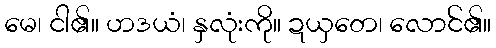
မေ၊ ငါ၏။ ဟဒယံ၊ နှလုံးကို။ ဍယှတေ၊ လောင်၏။